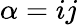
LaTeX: \alpha=ij